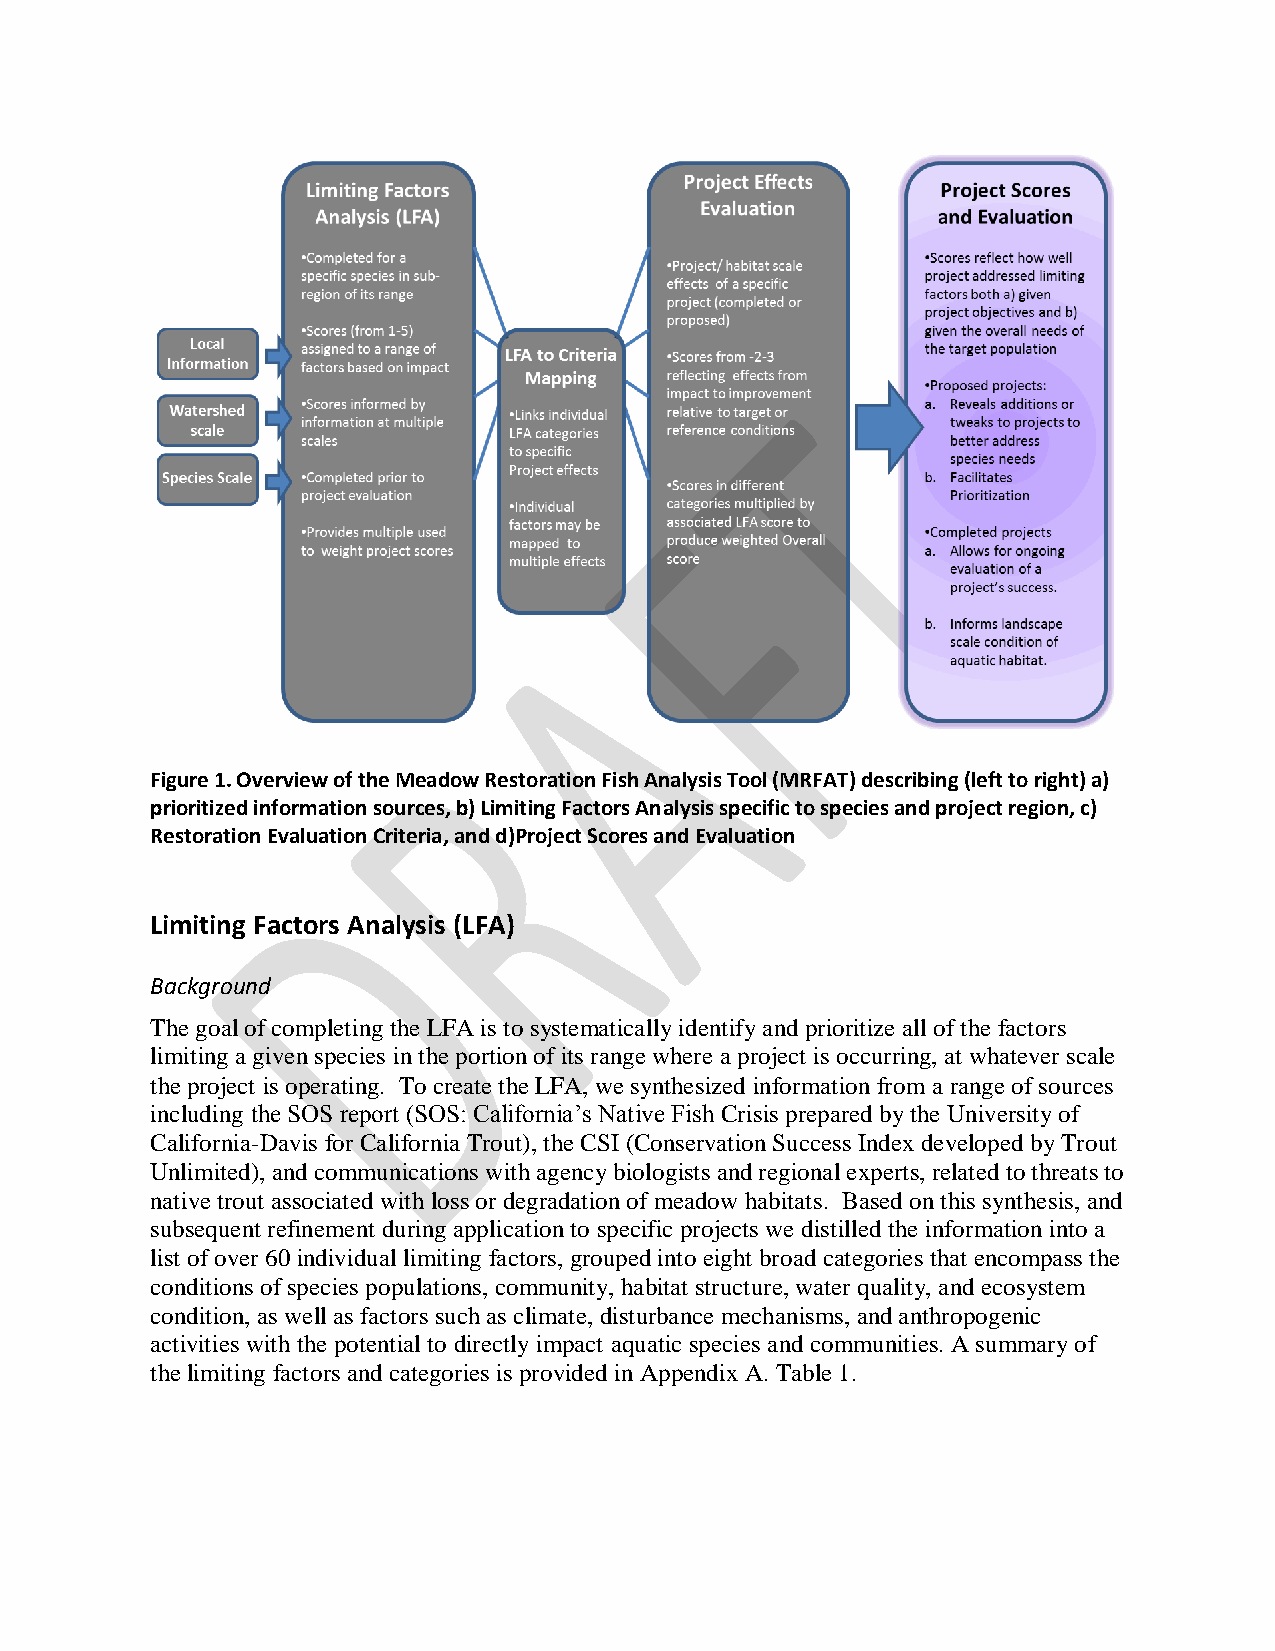
Figure 1. Overview of the Meadow Restoration Fish Analysis Tool (MRFAT) describing (left to right) a)
 prioritized information sources, b) Limiting Factors Analysis specific to species and project region, c)
 Restoration Evaluation Criteria, and d)Project Scores and Evaluation
 Limiting Factors Analysis (LFA)
 Background
 The goal of completing the LFA is to systematically identify and prioritize all of the factors
 limiting a given species in the portion of its range where a project is occurring, at whatever scale
 the project is operating. To create the LFA, we synthesized information from a range of sources
 including the SOS report (SOS: California’s Native Fish Crisis prepared by the University of
 California-Davis for California Trout), the CSI (Conservation Success Index developed by Trout
 Unlimited), and communications with agency biologists and regional experts, related to threats to
 native trout associated with loss or degradation of meadow habitats. Based on this synthesis, and
 subsequent refinement during application to specific projects we distilled the information into a
 list of over 60 individual limiting factors, grouped into eight broad categories that encompass the
 conditions of species populations, community, habitat structure, water quality, and ecosystem
 condition, as well as factors such as climate, disturbance mechanisms, and anthropogenic
 activities with the potential to directly impact aquatic species and communities. A summary of
 the limiting factors and categories is provided in Appendix A. Table 1.